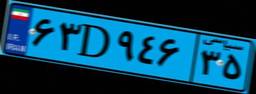
۶۳D۹۴۶۳۵